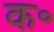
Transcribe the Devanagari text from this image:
क॰